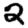
Digit: 2